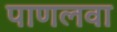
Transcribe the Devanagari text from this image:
पाणलवा